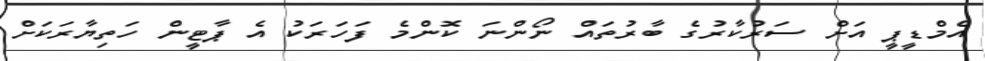
އެމްޑީޕީ އަށް ސަރުކާރުގެ ބާރުތައް ނޯންނަ ކޮންމެ ފަހަރަކު އެ ޕާޓީން ހަތިޔާރަކަށް